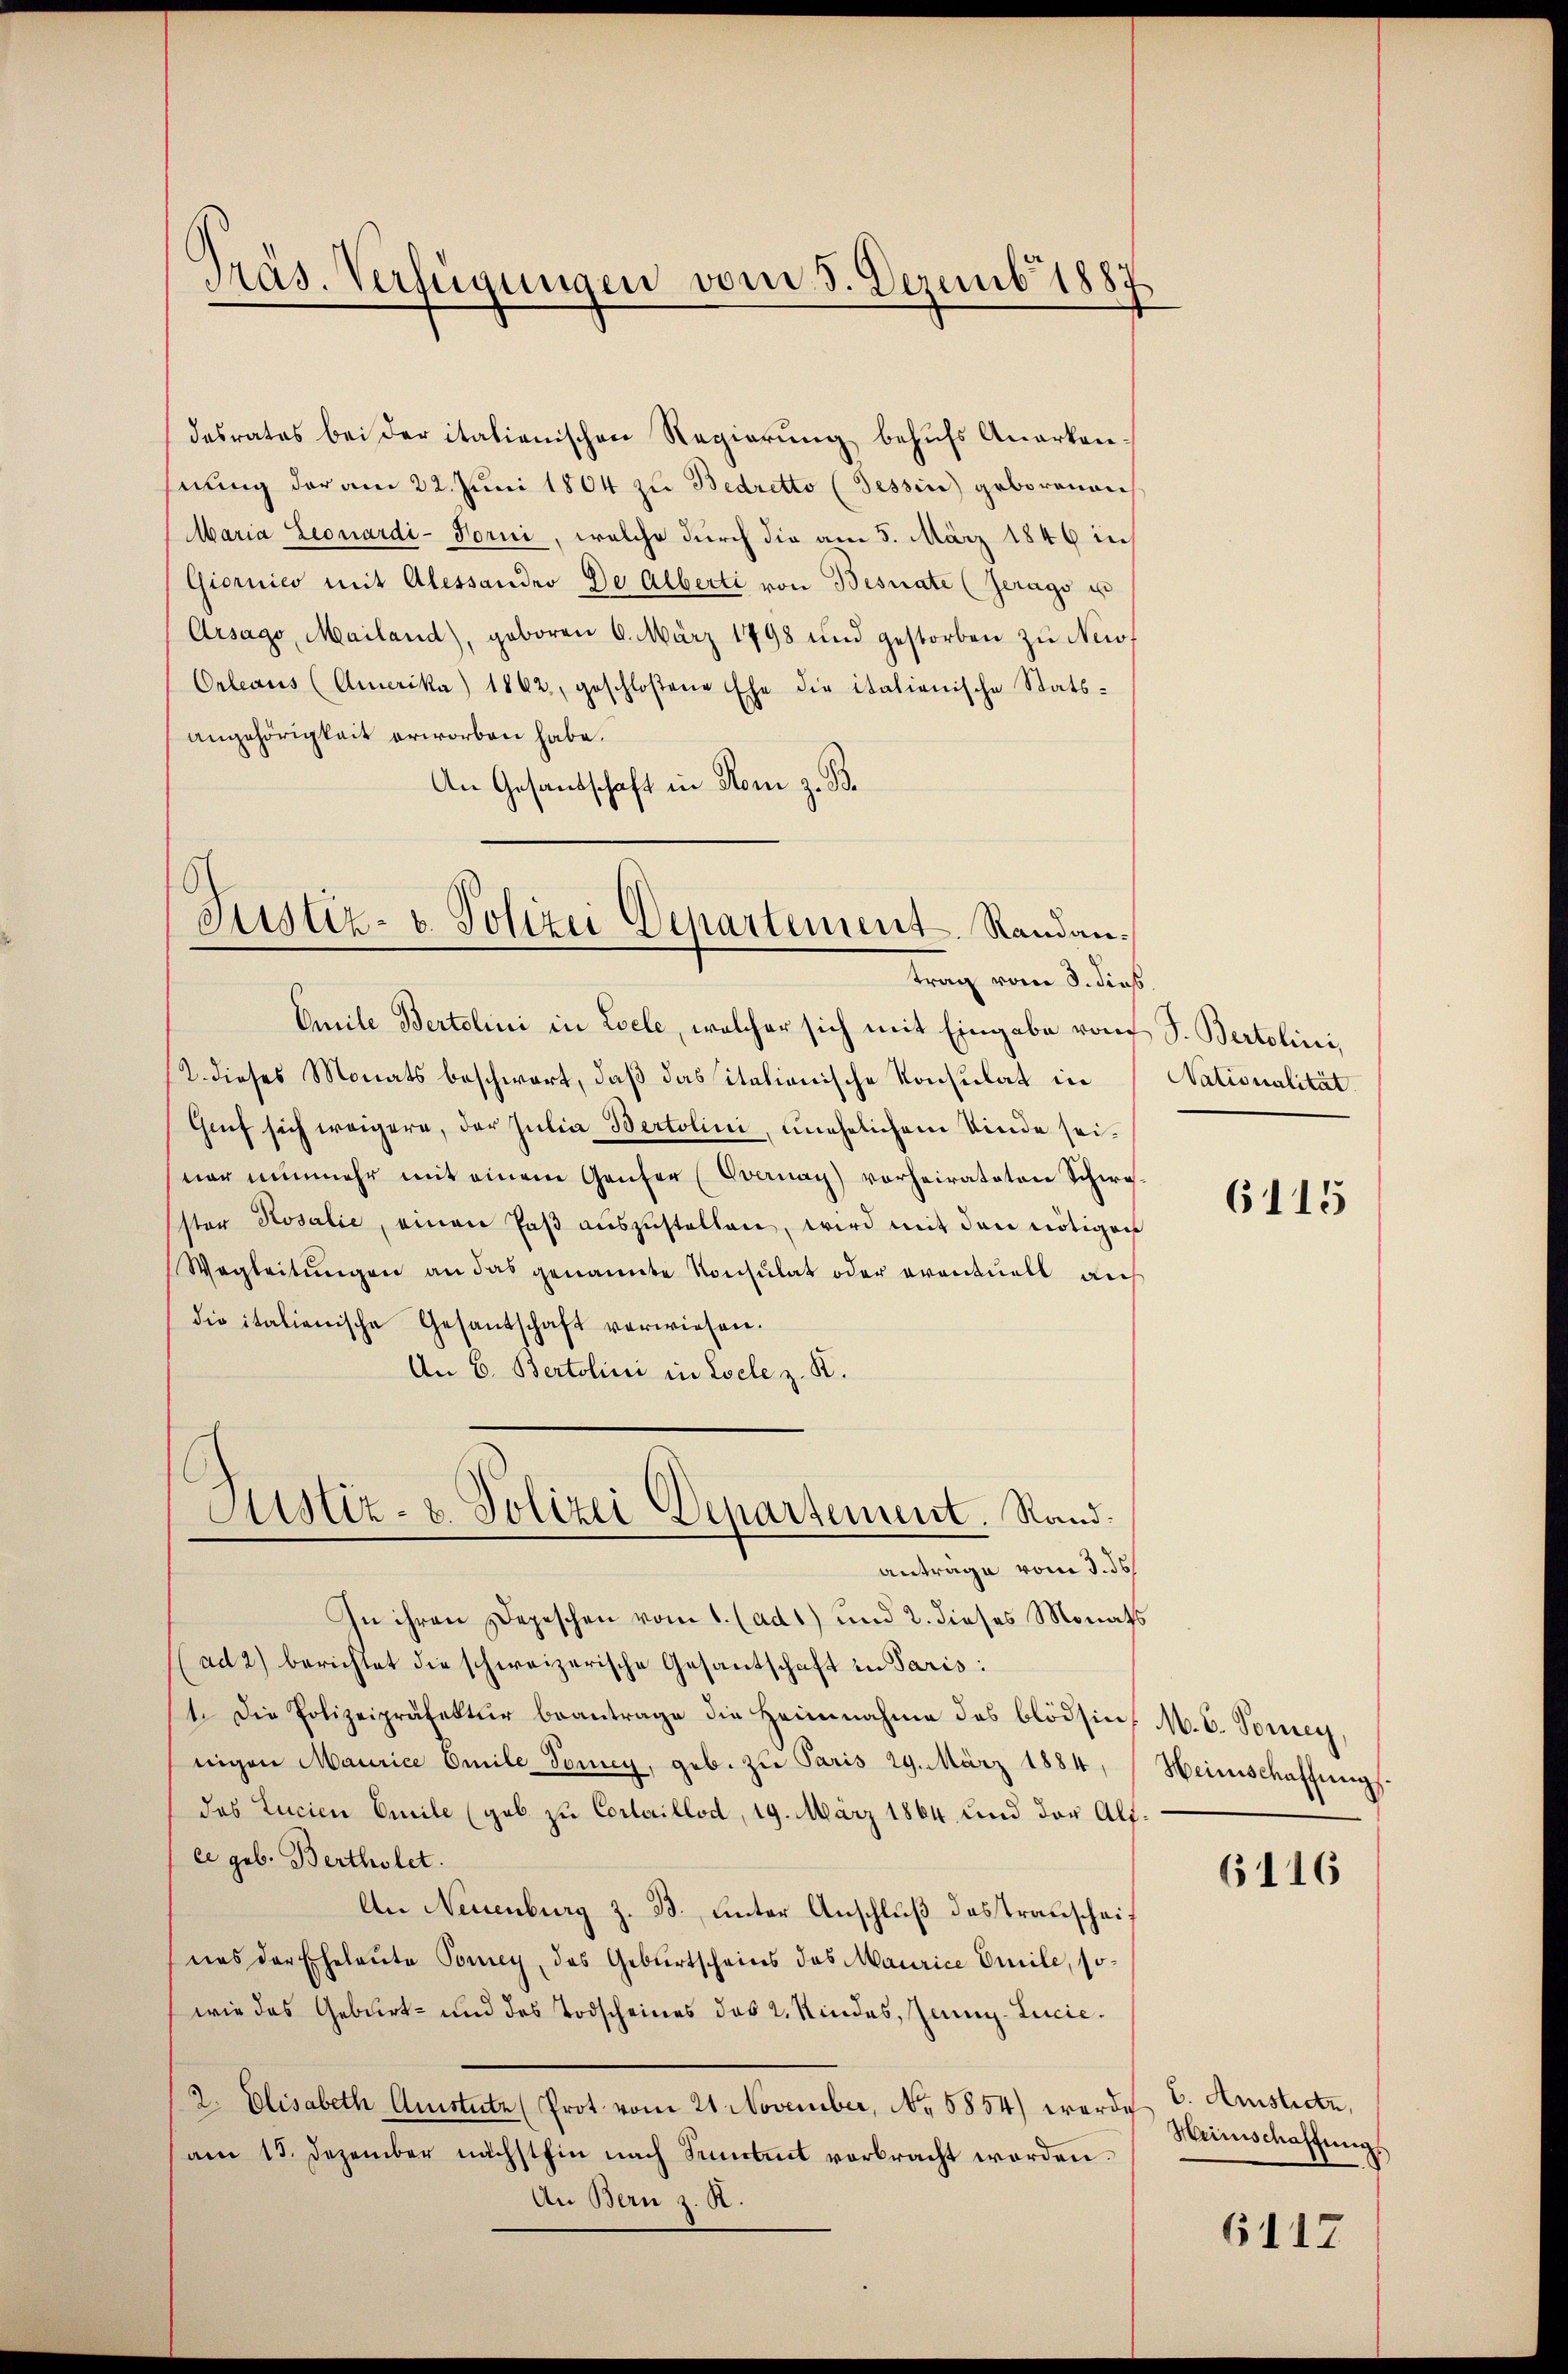
desrates bei der italienischen Regierung behufs Anerkennung der am 22. Juni 1804 zu Bedretto (Tessin geborenen
Maria Leonardi-Torni, welche durch die am 5. März 1846 in
Giornico mit Alessander De Alberti von Besnate (Zerags u
Arsago, Mailand), geboren 6. März 1798 und gestorben zu New¬
Orleaus (Amerika) 1862, geschloßene Ehe die italienische Statsangehörigkeit erworben habe.
An Gesandschaft in Rom z. B.

Präs. Verfügungen vom 5. Dezemb. 1887

Justiz- & Polizei Departement, Randantrag vom 8. dies

Emile Bertolini in Loele, welcher sich mit Eingabe von S. Bertolini,
(2. dieses Monats beschwart, daß das sitationische Konsulat in
Gruf sich weigere, der Julia Bertolini, unehelichem Kinde seiwar nunmehr mit einem Genfer (Evernay) vorheirateten Schwe
sten Rosalić, einen Paβ aŭszŭstellen, wird mit den nötigen
Wegleitŭngen an das genannte Konsulat oder eventuell auf
die italienische Gesantschaft verwiesen.
An 6. Bertolini in Loele z. R.
In ihren Depeschen vom 1. (ad1) und 2. dieses Monats
(ad 2) berichtet die schweizerische Gesantschaft in Paris:
1. Die Polizeipräfektur beantrage die Heimnahme des blödsin-
nigen Maurice Emile Toney, geb. zu Paris 29. März 1884,
des Lucien Emile (geb zu Cortaillod, 19. März 1864 und der Alice geb. Bertholet.
An Neuenburg z. B., unter Anschluß das Transcheines der Eheleute Toney, das Geburtscheins das Maurice Emile, sowie das Geburt- und des Todscheines des 2. Kindes, Juni. Lucie¬
2. Elisabeth Quistutz (Prot vom 21 November, No. 5854) werde
am 15. Dezember nächsthin nach Sentit vorbracht worden.
An Bern z. R.

Justiz- u. Polizei Departement. Randanträge vom 3. ds.

Nationalität

6115

M. C. Toney,
Heimschaffung.

6116

v. Amistian,
Weinschaffung

6112